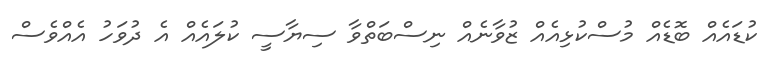
ކުޑައެއް ބޮޑެއް މުސްކުޅިއެއް ޒުވާނެއް ނިސްބަތްވާ ސިޔާސީ ކުލައެއް އެ ދުވަހު އެއްވެސް